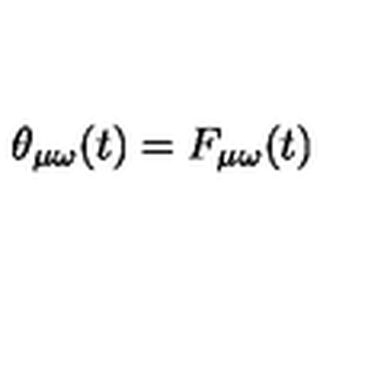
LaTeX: \theta _ { \mu \omega } ( t ) = F _ { \mu \omega } ( t )